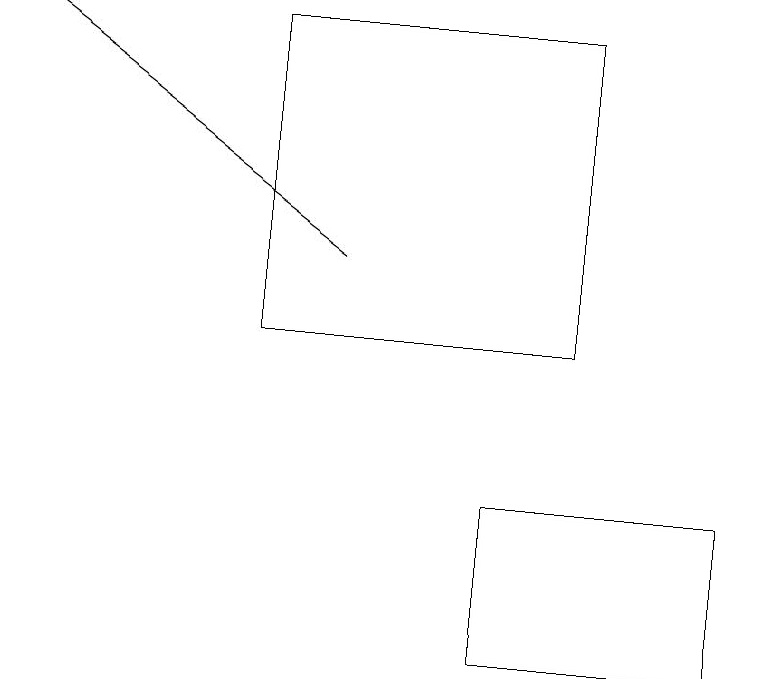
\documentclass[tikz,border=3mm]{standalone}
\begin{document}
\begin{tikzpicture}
\draw[->] (4,15) -- (0,18);
\draw (6,10) rectangle (9,12);
\draw (3,14) rectangle (7,18);
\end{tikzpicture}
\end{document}